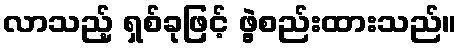
လာသည့် ရှစ်ခုဖြင့် ဖွဲ့စည်းထားသည်။